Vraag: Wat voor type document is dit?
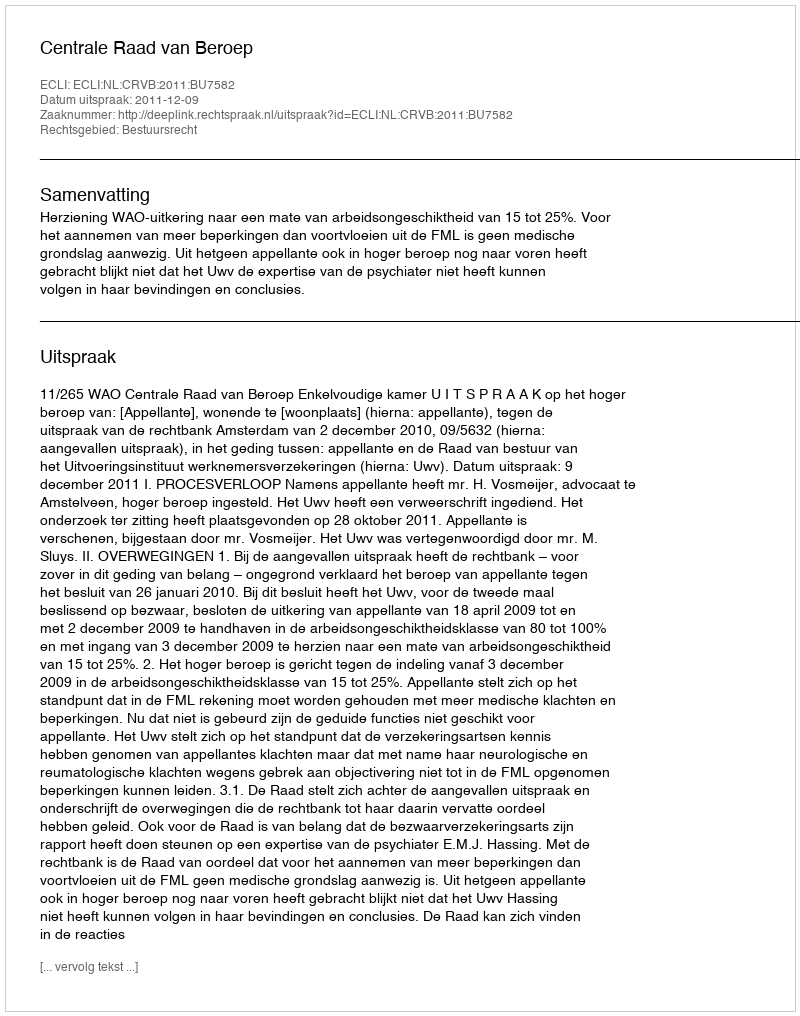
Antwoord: Uitspraak